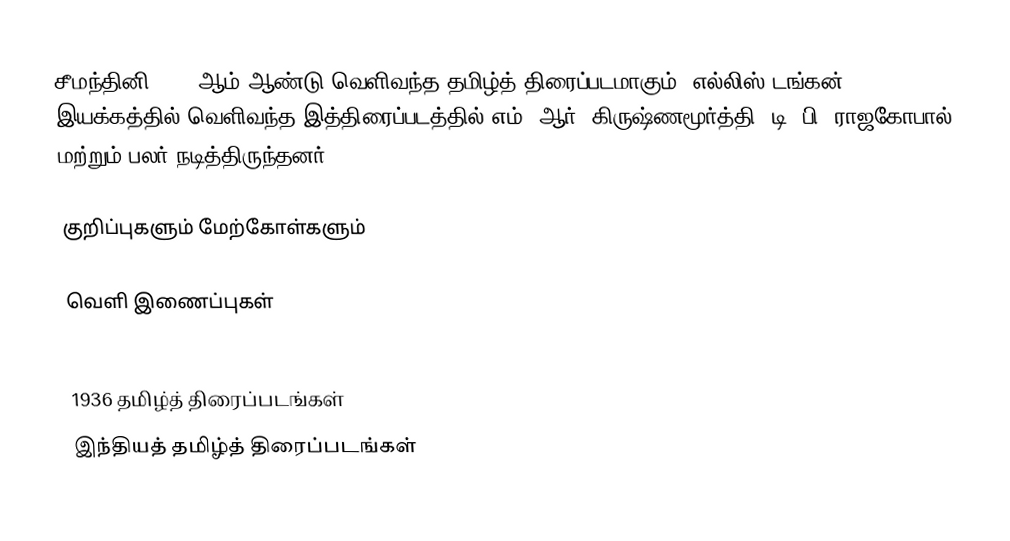
சீமந்தினி 1936 ஆம் ஆண்டு வெளிவந்த தமிழ்த் திரைப்படமாகும். எல்லிஸ் டங்கன் இயக்கத்தில் வெளிவந்த இத்திரைப்படத்தில் எம். ஆர். கிருஷ்ணமூர்த்தி, டி. பி. ராஜகோபால் மற்றும் பலர் நடித்திருந்தனர்.

குறிப்புகளும் மேற்கோள்களும்

வெளி இணைப்புகள்

1936 தமிழ்த் திரைப்படங்கள்
இந்தியத் தமிழ்த் திரைப்படங்கள்